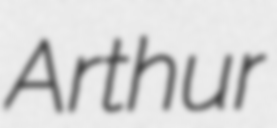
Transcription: Arthur